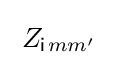
\;Z_{{\mathsf {i}}\!\;mm'}\;